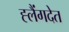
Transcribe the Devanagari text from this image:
ह्लैंगदेत